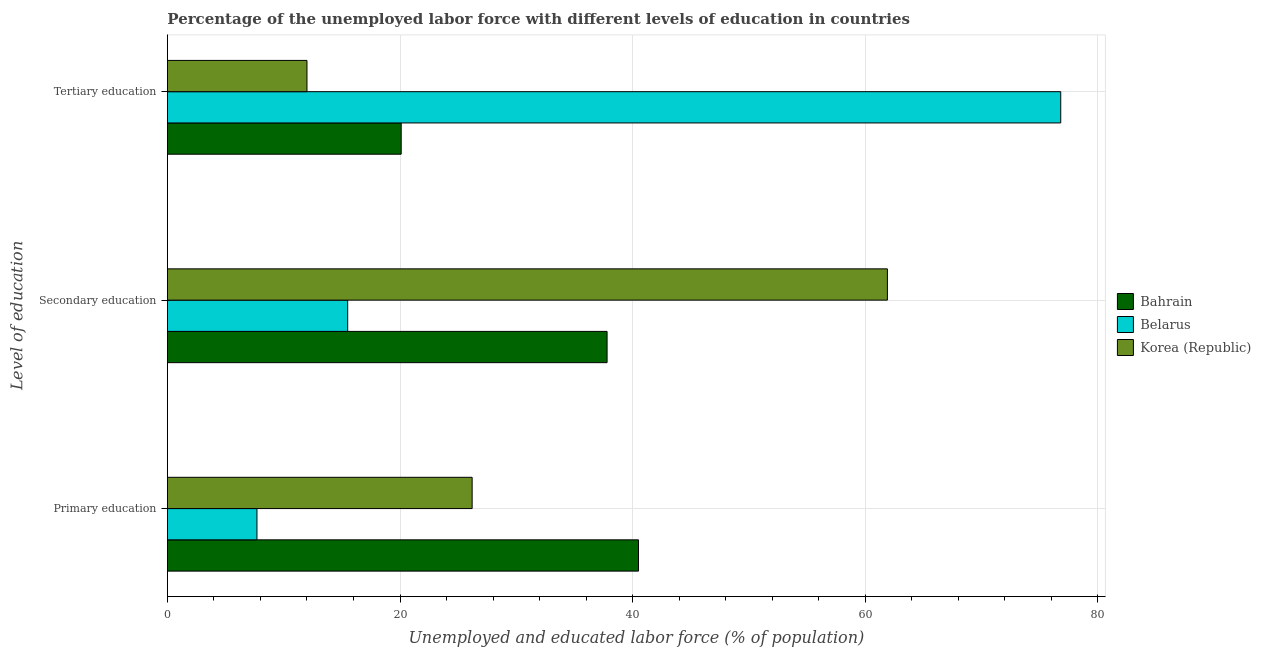
| Level of education | Bahrain | Belarus | Korea (Republic) |
 | --- | --- | --- | --- |
 | Primary education | 40.5 | 7.7 | 26.2 |
 | Secondary education | 37.8 | 15.5 | 61.9 |
 | Tertiary education | 20.1 | 76.8 | 12 |